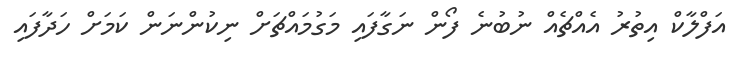
އަފްލާކް އިތުރު އެއްޗެއް ނުބުނެ ފޯން ނަގާފައި މަގުމައްޗަށް ނިކުންނަން ކަމަށް ހަދާފައި